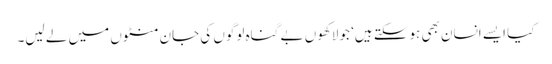
کیا ایسے انسان بھی ہوسکتے ہیں‘ جو لاکھوں بے گناہ لوگوں کی جان منٹوں میں لے لیں۔